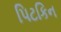
પિટકિન